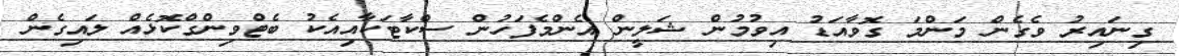
ގިނައިރު ވެގެން މަންމަ ގޮވާއަޑު އިވުމުން ޝަލީން އެންމެފަހުން ސްކާޓަކާއިއެކު ބެޓްވިންގްކޮޅެއް ލައިގެން